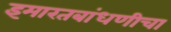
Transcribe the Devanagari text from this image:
इमारतबांधणीचा